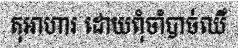
តុអាហារ ដោយពុំចាំបាច់ឈឺ